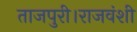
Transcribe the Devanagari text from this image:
ताजपुरी।राजवंशी